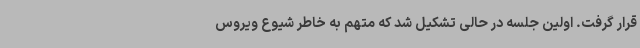
قرار گرفت. اولین جلسه در حالی تشکیل شد که متهم به خاطر شیوع ویروس